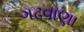
ગઢવાણા